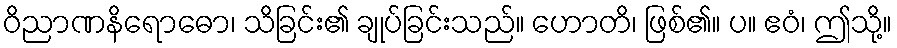
ဝိညာဏနိရောဓော၊ သိခြင်း၏ ချုပ်ခြင်းသည်။ ဟောတိ၊ ဖြစ်၏။ ပ။ ဧဝံ၊ ဤသို့။